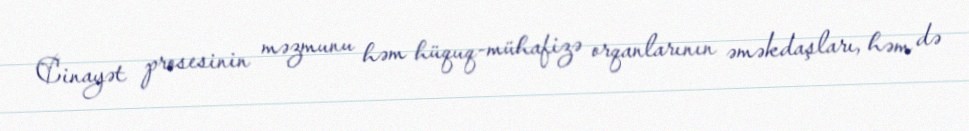
Cinayət prosesinin məzmunu həm hüquq-mühafizə orqanlarının əməkdaşları, həm də